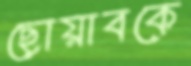
ছোয়াবকে